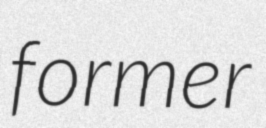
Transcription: former